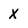
Character: X